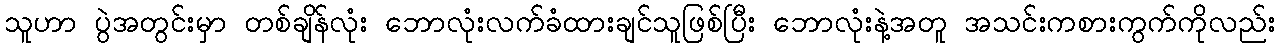
သူဟာ ပွဲအတွင်းမှာ တစ်ချိန်လုံး ဘောလုံးလက်ခံထားချင်သူဖြစ်ပြီး ဘောလုံးနဲ့အတူ အသင်းကစားကွက်ကိုလည်း